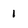
Character: 1